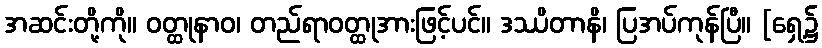
အဆင်းတို့ကို။ ဝတ္ထုနာဝ၊ တည်ရာဝတ္ထုအားဖြင့်ပင်။ ဒဿိတာနိ၊ ပြအပ်ကုန်ပြီ။ [ရှေ့၌